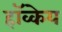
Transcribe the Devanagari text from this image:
हॉव्केय